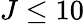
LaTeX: J\leq 10